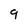
Character: 9